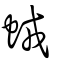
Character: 𧊕